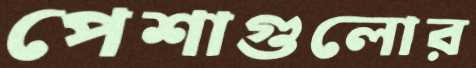
পেশাগুলোর